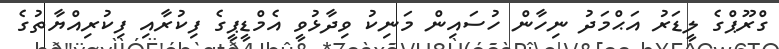
ގްރޫޕްގެ ލީޑަރު އަޙްމަދު ނިހާން ހުސައިން މަނިކު ވިދާޅުވީ އެމްޑީޕީގެ ފިކުރާއި ފިކުރިއްޔާތުގެ